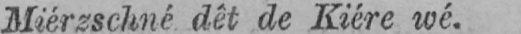
Miérzschné dêt de Kiére wé.